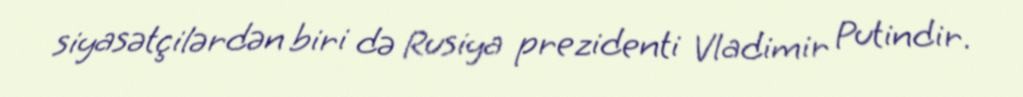
siyasətçilərdən biri də Rusiya prezidenti Vladimir Putindir.